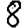
Digit: 8